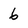
Character: 6